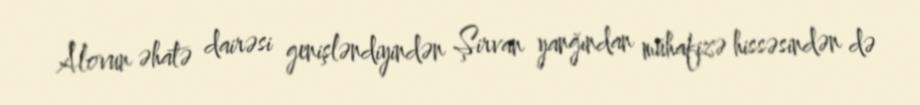
Alovun əhatə dairəsi genişləndiyindən Şirvan yanğından mühafizə hissəsindən də